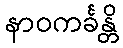
နာဝကင်္ခန္တိ